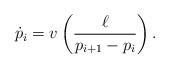
LaTeX: \begin{align*} \dot p_i = v\left(\frac{\ell}{p_{i+1} - p_i}\right).\end{align*}